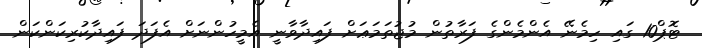
ޓޮޕް10 ގައި ހިމެނޭ އެންމެންގެ ފަރާތުން މުޖުތަމަޢަށް ފައިދާވާނީ އެމީހުންނަށް އެފަދަ ފައިދާކުރިކަންކަން